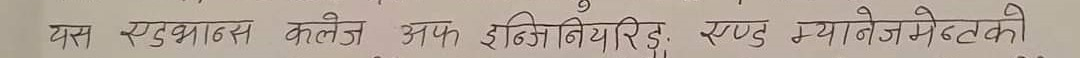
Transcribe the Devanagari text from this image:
यस स्टुडेन्ट्स कलेज अफ इन्जिनियरिड. एण्ड म्यानेजमेन्टको